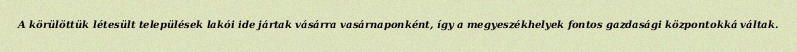
A körülöttük létesült települések lakói ide jártak vásárra vasárnaponként, így a megyeszékhelyek fontos gazdasági központokká váltak.